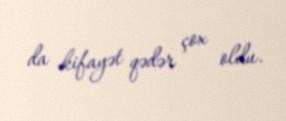
da kifayət qədər çox oldu.